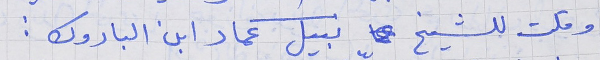
وقلت للشيخ نبيل عماد ابن الباروك :